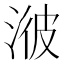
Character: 𣷭